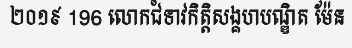
២០១៩ 196 លោកជំទាវកិត្តិសង្គហបណ្ឌិត ម៉ែន